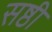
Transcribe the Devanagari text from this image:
सष्ठी